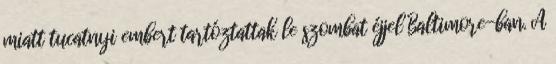
miatt tucatnyi embert tartóztattak le szombat éjjel Baltimore-ban. A